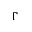
\Gamma